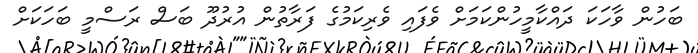
ބަހުން ވާހަކަ ދައްކާމީހުންކަމަށް ވެފައި ވެރިކަމުގެ ފަރާތުން އުރުދޫ ބަސް ރަސްމީ ބަހަކަށް